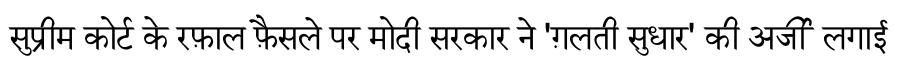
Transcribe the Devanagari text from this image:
सुप्रीम कोर्ट के रफ़ाल फ़ैसले पर मोदी सरकार ने 'ग़लती सुधार' की अर्जी लगाई